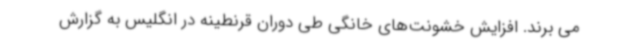
می برند. افزایش خشونت‌های خانگی طی دوران قرنطینه در انگلیس به گزارش